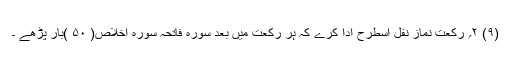
(۹) ۲؍ رکعت نمازِ نفل اسطرح ادا کرے کہ ہر رکعت میں بعد سورہ فاتحہ سورہ اخلاص( ۵۰ )بار پڑھے ۔